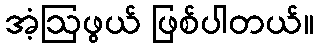
အံ့ဩဖွယ် ဖြစ်ပါတယ်။